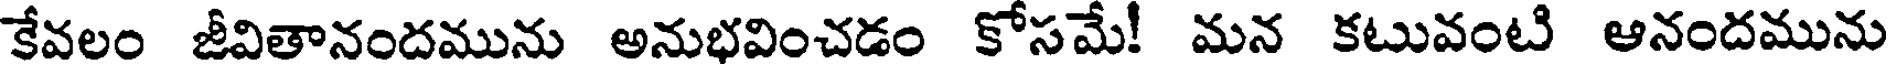
కేవలం జీవితానందమును అనుభవించడం కోసమే! మన కటువంటి ఆనందమును